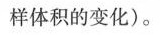
样体积的变化)。